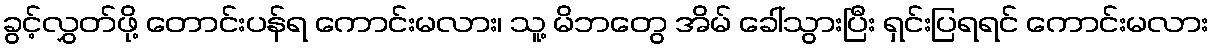
ခွင့်လွှတ်ဖို့ တောင်းပန်ရ ကောင်းမလား၊ သူ့ မိဘတွေ အိမ် ခေါ်သွားပြီး ရှင်းပြရရင် ကောင်းမလား